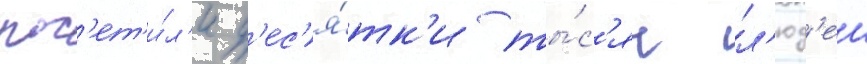
пос'ет'и́л'и д'ес'я́тк'и ты́с'яч л'юд'еи